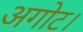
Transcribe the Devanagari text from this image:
अगोट।